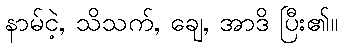
နာမ်ငဲ့, သိသက်, ချေ, အာဒိ ပြီး၏။